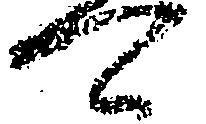
可